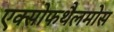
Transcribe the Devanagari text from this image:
एक्सोफथैलमोस